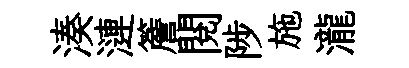
湊漣簷閲陟施瀧